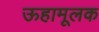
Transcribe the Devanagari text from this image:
ऊहामूलक